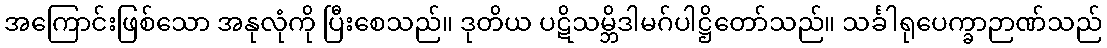
အကြောင်းဖြစ်သော အနုလုံကို ပြီးစေသည်။ ဒုတိယ ပဋိသမ္ဘိဒါမဂ်ပါဋ္ဌိတော်သည်။ သင်္ခါရုပေက္ခာဉာဏ်သည်